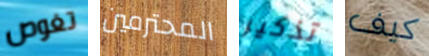
تغوص المحترمين تذكير كيف